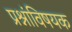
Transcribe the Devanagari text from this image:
प्रश्नांविषयक